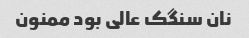
نان سنگک عالی بود ممنون